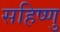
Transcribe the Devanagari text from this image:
सहिष्‍णु